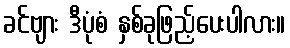
ခင်ဗျား ဒီပုံစံ နှစ်ခုဖြည့်ပေးပါလား။